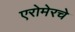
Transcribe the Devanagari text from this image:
एरोमेरचे